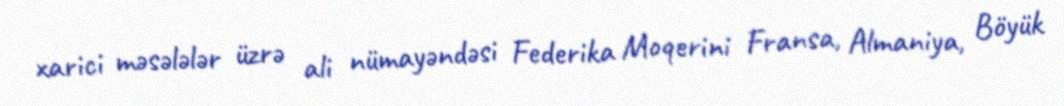
xarici məsələlər üzrə ali nümayəndəsi Federika Moqerini Fransa, Almaniya, Böyük